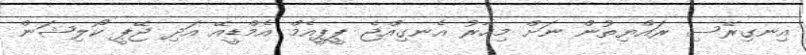
އިނގިރޭސި ރައްޔިތުން ނަށް މިހާރު އެނގިއްޖެ ޕީޕީއެމް އެމްޑީއޭ އަދި ޖޭޕީ ކޯލިޝަން